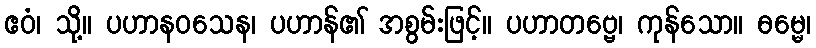
ဧဝံ၊ သို့။ ပဟာနဝသေန၊ ပဟာန်၏ အစွမ်းဖြင့်။ ပဟာတဗ္ဗေ၊ ကုန်သော။ ဓမ္မေ၊